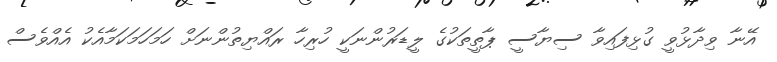
އޭނާ ވިދާޅުވީ ގުޅިފައިވާ ސިޔާސީ ޕާތީތަކުގެ ލީޑަރުންނަކީ ހުރިހާ ރައްޔިތުންނަށް ހަމަހަމަކަމާއެކު އެއްވެސް